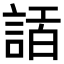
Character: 𧨿